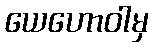
ယေဟောဝါမှ